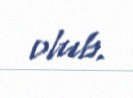
olub.